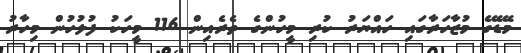
މޭޑޭގެ މުޒާހަރާގައި ހައްޔަރު ކުރި މީހުންގެ ތެރެއިން 116 މީހަކު ފުލުހުން މިހާރު